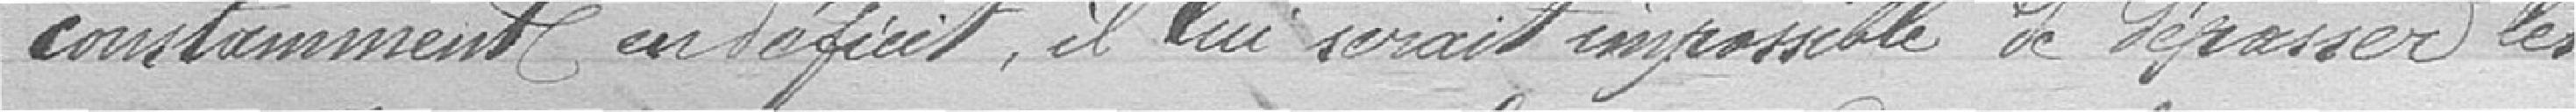
constamment en déficit, il lui serait impossible de dépasser les